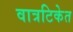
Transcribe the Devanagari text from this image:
वात्रटिकेत